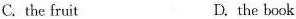
C. the fruit D. the book